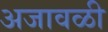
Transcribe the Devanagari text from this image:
अजावळी